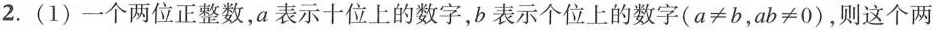
2. (1) 一个两位正整数，a 表示十位上的数字，b 表示个位上的数字 $$( a ≠ b ，a b ≠ 0 )$$，则这个两